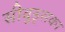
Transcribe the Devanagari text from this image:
सीवुड्सका